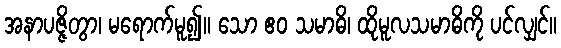
အနာပဇ္ဇိတွာ၊ မရောက်မူ၍။ သော ဧဝ သမာဓိ၊ ထိုမူလသမာဓိကို ပင်လျှင်။